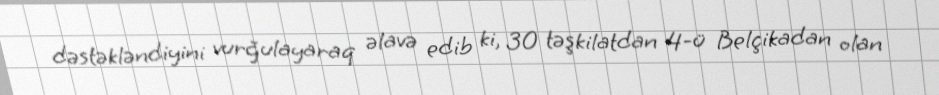
dəstəkləndiyini vurğulayaraq əlavə edib ki, 30 təşkilatdan 4-ü Belçikadan olan